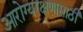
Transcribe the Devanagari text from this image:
आरोग्यरक्षणासाठी